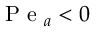
\mathrm { ~ P ~ e ~ } _ { a } < 0